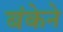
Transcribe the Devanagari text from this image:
बंकेने